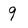
Character: 9